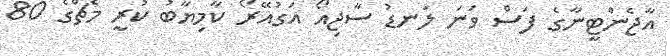
އާޖެންޓީނާގެ ފަސް ވަނަ ލަނޑު ސާޖިއޯ އަގުއޭރޯ ކާމިޔާބު ކުރީ މެޗްގެ 80